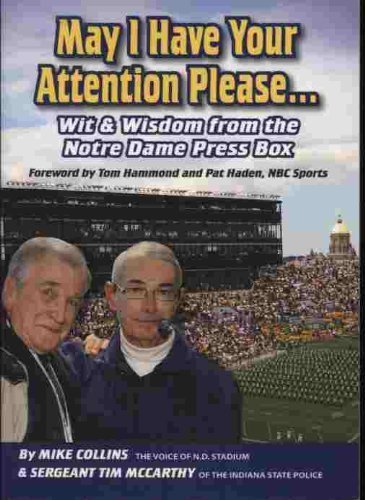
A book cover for May I Have Your Attention Please... Wit & Wisdom From the Notre Dame Pressbox; Mike Collins; Humor & Entertainment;